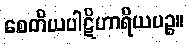
စေတိယပါဋိဟာရိယပဉ္စ။